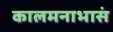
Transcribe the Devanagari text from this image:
कालमनाभासं